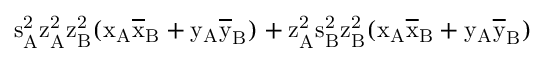
\mathrm { s _ { A } ^ { 2 } \mathrm { z _ { A } ^ { 2 } \mathrm { z _ { B } ^ { 2 } ( \mathrm { x _ { A } \mathrm { \overline { { x } } _ { B } + \mathrm { y _ { A } \mathrm { \overline { { y } } _ { B } ) + \mathrm { z _ { A } ^ { 2 } \mathrm { s _ { B } ^ { 2 } \mathrm { z _ { B } ^ { 2 } ( \mathrm { x _ { A } \mathrm { \overline { { x } } _ { B } + \mathrm { y _ { A } \mathrm { \overline { { y } } _ { B } ) } } } } } } } } } } } } } }